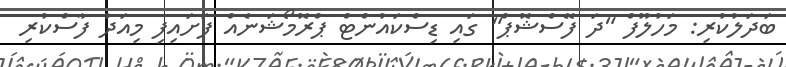
ބަދަލުކުރި: މަހުލޫފް "ދަ ފޭސްޝޮޕް" ގައި ޑިސްކައުންޓް ޕްރޮމޯޝަނެއް ފަށައިފި މިއަދު ފާސްކުރި